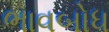
ભાવબોધ